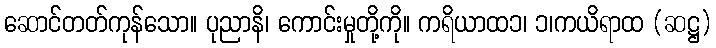
ဆောင်တတ်ကုန်သော။ ပုညာနိ၊ ကောင်းမှုတို့ကို။ ကရိယာထ၁၊ ၁၊ကယိရာထ (ဆဋ္ဌ)